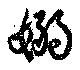
嫋